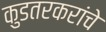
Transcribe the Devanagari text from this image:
कुडतरकरांचे